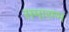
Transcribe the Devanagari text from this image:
समारम्भ